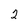
Character: 2